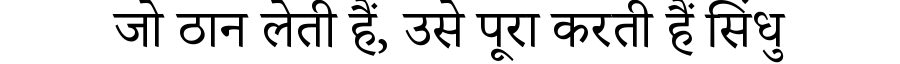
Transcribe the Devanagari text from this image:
जो ठान लेती हैं, उसे पूरा करती हैं सिंधु